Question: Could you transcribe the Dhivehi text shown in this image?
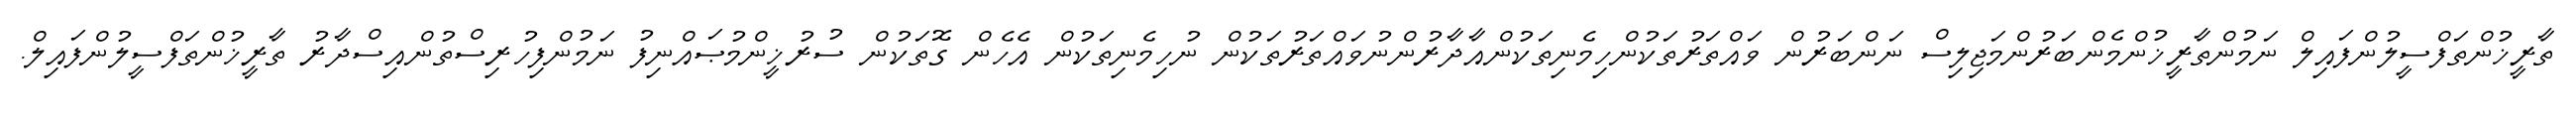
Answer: ތާރީޚުންތަފްސީލުންފައިލް ނަމުންތާރީޚުންމެންބަރުންމަޖިލިސް ނަންބަރުން ވައްތަރުތަކުންހިމެނިތަކުންއާދާރުންނުވައްތަރުތަކުން ނުހިމެނިތަކުން އެހެން ގޮތަކުން ސުރުޚީންމުޞައްނިފު ނަމުންފިހުރިސްތުންއިސްދާރު ތާރީޚުންތަފްސީލުންފައިލް.